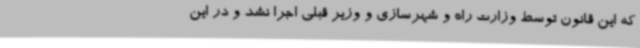
که این قانون توسط وزارت راه و شهرسازی و وزیر قبلی اجرا نشد و در این